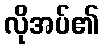
လိုအပ်၏